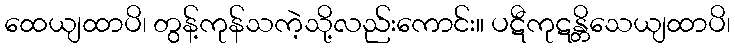
ထေယျထာပိ၊ တွန့်ကုန်သကဲ့သို့လည်းကောင်း။ ပဋီကုဋန္တိသေယျထာပိ၊